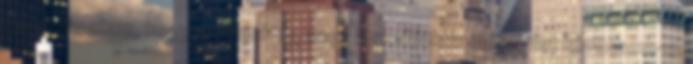
gondolkoztam, hogy az objektív, vagy a szubjektív időrendet kövessem-e.